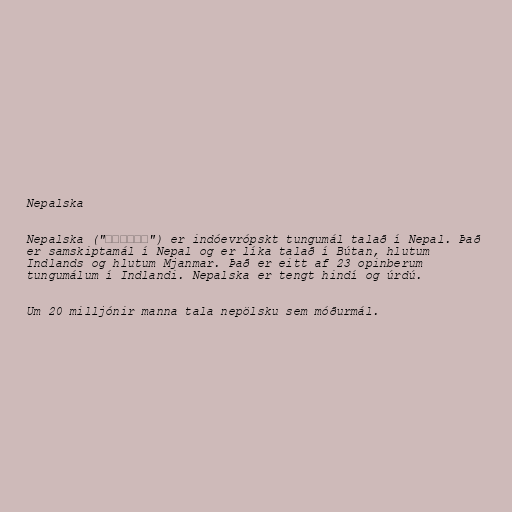
Nepalska

Nepalska ("नेपाली") er indóevrópskt tungumál talað í Nepal. Það
er samskiptamál í Nepal og er líka talað í Bútan, hlutum
Indlands og hlutum Mjanmar. Það er eitt af 23 opinberum
tungumálum í Indlandi. Nepalska er tengt hindí og úrdú.

Um 20 milljónir manna tala nepölsku sem móðurmál.